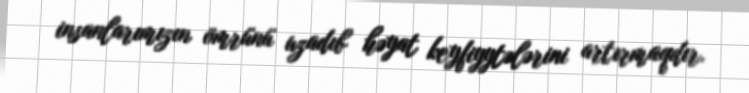
insanlarımızın ömrünü uzadıb həyat keyfiyytələrini artırmaqdır.